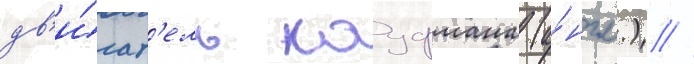
дв'и́гат'ель кауфмана (а́нгл.) //